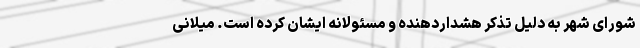
شورای شهر به دلیل تذکر هشداردهنده و مسئولانه ایشان کرده است. میلانی